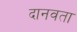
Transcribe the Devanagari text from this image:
दानवता